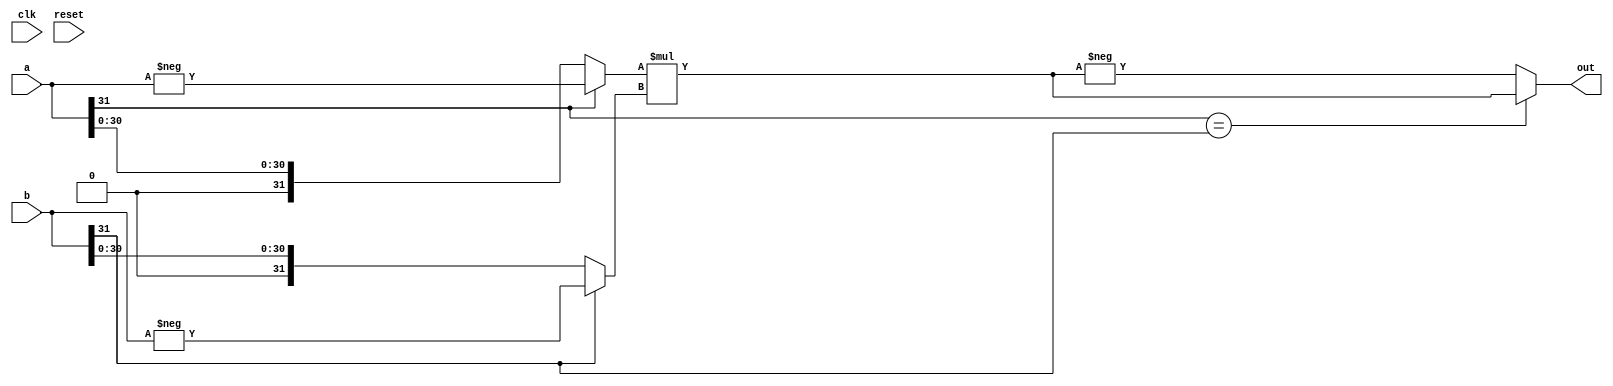
`timescale 1ns / 1ps
//////////////////////////////////////////////////////////////////////////////////
// Company: 
// Engineer: 
// 
// Design Name: 
// Module Name: MUL
// Project Name: 
// Target Devices: 
// Tool Versions: 
// Description: 
// 
// Dependencies: 
// 
// Revision:
// Revision 0.01 - File Created
// Additional Comments:
// 
//////////////////////////////////////////////////////////////////////////////////


module MUL(
    input clk, 
    input reset,
    input [31:0] a,
    input [31:0] b,
    output [31:0] out
);
    wire [31:0] a1 = a[31] ? -a : a;
    wire [31:0] b1 = b[31] ? -b : b;

    wire [31:0] tmp = a1 * b1;

    assign out = a[31] == b[31] ? tmp : -tmp;

endmodule